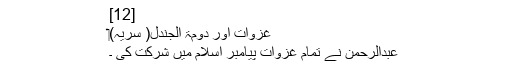
[12]
غزوات اور دُومَۃ الْجَنْدَل( سریہ)‏
عبدالرحمن نے تمام غزوات پیامبر اسلام میں شرکت کی ۔